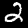
Label: 2